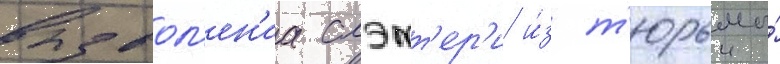
вызвол'ен'иа слэтт'ер'и и́з т'юрьмы́